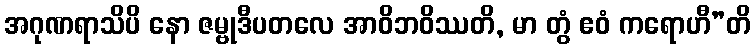
အဂုဏရာသိပိ နော ဇမ္ဗုဒီပတလေ အာဝိဘဝိဿတိ, မာ တွံ ဧဝံ ကရောဟီ”တိ